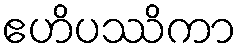
ဧဟိပဿိကာ